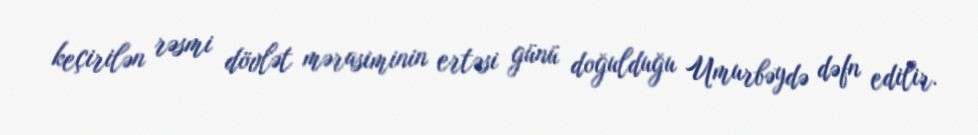
keçirilən rəsmi dövlət mərasiminin ertəsi günü doğulduğu Umurbəydə dəfn edilir.